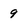
Character: 9